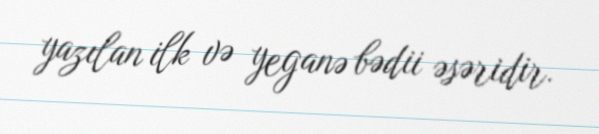
yazılan ilk və yeganə bədii əsəridir.